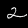
Label: 2